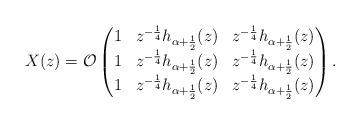
LaTeX: \begin{align*}X(z) = \mathcal{O}\begin{pmatrix} 1 & z^{-\frac{1}{4}} h_{\alpha+\frac{1}{2}}(z) & z^{-\frac{1}{4}} h_{\alpha+\frac{1}{2}}(z)\\ 1 & z^{-\frac{1}{4}} h_{\alpha+\frac{1}{2}}(z) & z^{-\frac{1}{4}} h_{\alpha+\frac{1}{2}}(z)\\ 1 & z^{-\frac{1}{4}} h_{\alpha+\frac{1}{2}}(z) & z^{-\frac{1}{4}} h_{\alpha+\frac{1}{2}}(z)\end{pmatrix}.\end{align*}